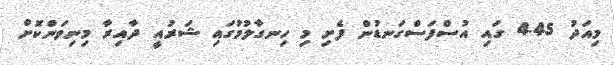
މިއަދު 4.45 ގައި އުސްފަސްގަނޑުން ފެށި މި ހިނގާލުމުގައި ޝަރުއީ ދާއިރާ މިނިވަންކޮށް